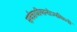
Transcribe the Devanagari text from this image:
सर्वत्राधीयानोऽपविघ्नो